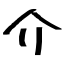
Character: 介